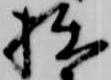
拙